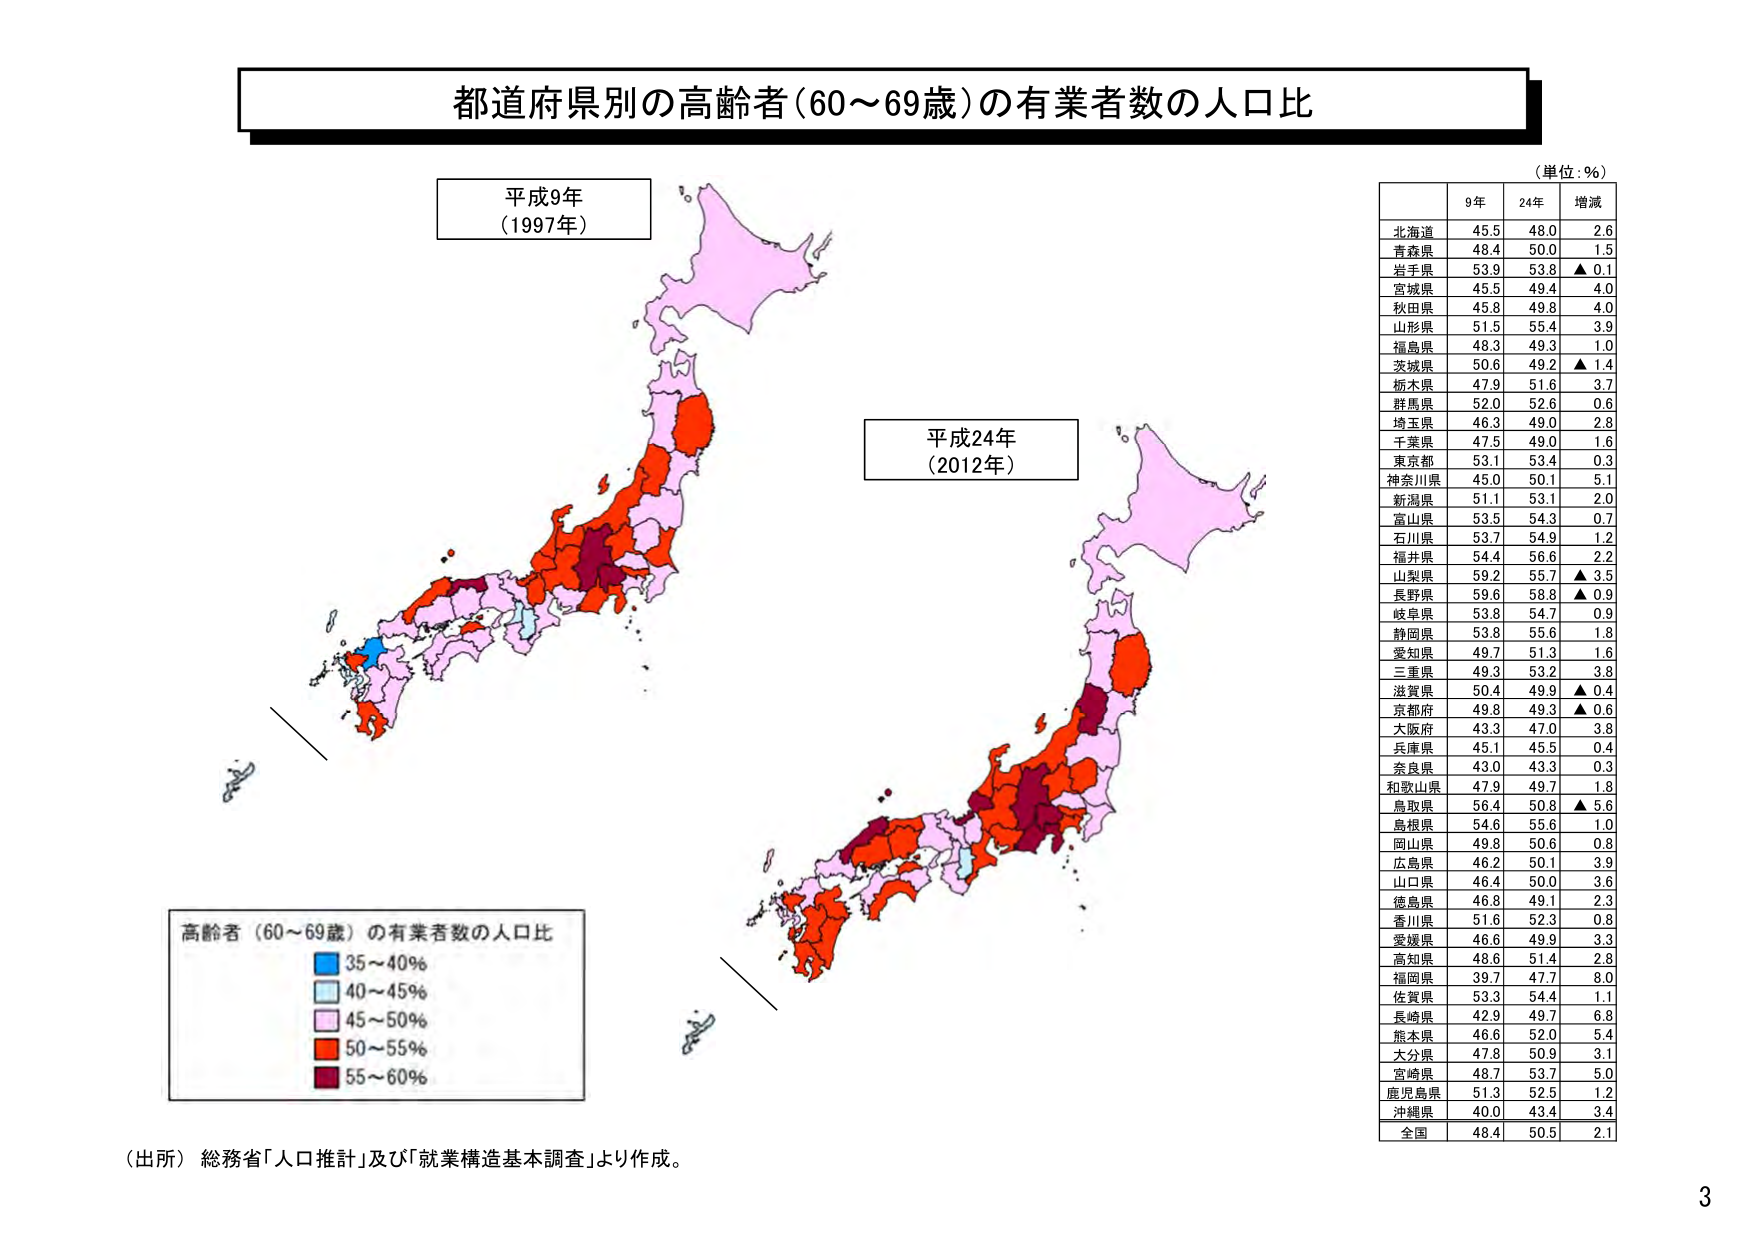
都道府県別の高齢者（60～69歳）の有業者数の人口比

平成9年
（1997年）

平成24年
（2012年）

（単位：％）
9年　24年　増減
北海道　45.5　48.0　2.6
青森県　48.4　50.0　1.5
岩手県　53.9　53.8　▲0.1
宮城県　45.5　49.4　4.0
秋田県　45.8　49.8　4.0
山形県　51.5　55.4　3.9
福島県　48.3　49.3　1.0
茨城県　50.6　49.2　▲1.4
栃木県　47.9　51.6　3.7
群馬県　52.0　52.6　0.6
埼玉県　46.3　49.0　2.8
千葉県　47.5　49.0　1.6
東京都　53.1　53.4　0.3
神奈川県　45.0　50.1　5.1
新潟県　51.1　53.1　2.0
富山県　53.5　54.3　0.7
石川県　53.7　54.9　1.2
福井県　54.4　56.6　2.2
山梨県　59.2　55.7　▲3.5
長野県　59.6　58.8　▲0.9
岐阜県　53.8　54.7　0.9
静岡県　53.8　55.6　1.8
愛知県　49.7　51.3　1.6
三重県　49.3　53.2　3.8
滋賀県　50.4　49.9　▲0.4
京都府　49.8　49.3　▲0.6
大阪府　43.3　47.0　3.8
兵庫県　45.1　45.5　0.4
奈良県　43.0　43.3　0.3
和歌山県　47.9　49.7　1.8
鳥取県　56.4　50.8　▲5.6
島根県　54.6　55.6　1.0
岡山県　49.8　50.6　0.8
広島県　46.2　50.1　3.9
山口県　46.4　50.0　3.6
徳島県　46.8　49.1　2.3
香川県　51.6　52.3　0.8
愛媛県　46.6　49.9　3.3
高知県　48.6　51.4　2.8
福岡県　39.7　47.7　8.0
佐賀県　53.3　54.4　1.1
長崎県　42.9　49.7　6.8
熊本県　46.6　52.0　5.4
大分県　47.8　50.9　3.1
宮崎県　48.7　53.7　5.0
鹿児島県　51.3　52.5　1.2
沖縄県　40.0　43.4　3.4
全国　48.4　50.5　2.1

高齢者（60～69歳）の有業者数の人口比
■ 35～40％
■ 40～45％
■ 45～50％
■ 50～55％
■ 55～60％

（出所）総務省「人口推計」及び「就業構造基本調査」より作成。

3